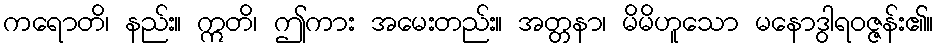
ကရောတိ၊ နည်း။ ဣတိ၊ ဤကား အမေးတည်း။ အတ္တနာ၊ မိမိဟူသော မနောဒွါရဝဇ္ဇန်း၏။